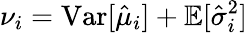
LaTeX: \nu_{i}=\mathrm{Var}[\hat{\mu}_{i}]+\mathbb{E}[\hat{\sigma}_{i}^{2}]